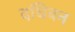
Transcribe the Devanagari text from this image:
दघिबन